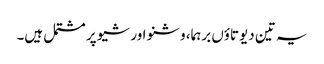
یہ تین دیوتاؤں برہما، وشنو اور شیو پر مشتمل ہیں۔